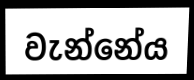
වැන්නේය